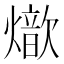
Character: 𤐚